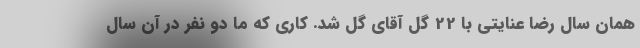
همان سال رضا عنایتی با 22 گل آقای گل شد. کاری که ما دو نفر در آن سال